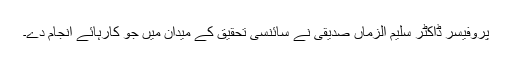
پروفیسر ڈاکٹر سلیم الزماں صدیقی نے سائنسی تحقیق کے میدان میں جو کارہائے انجام دے۔